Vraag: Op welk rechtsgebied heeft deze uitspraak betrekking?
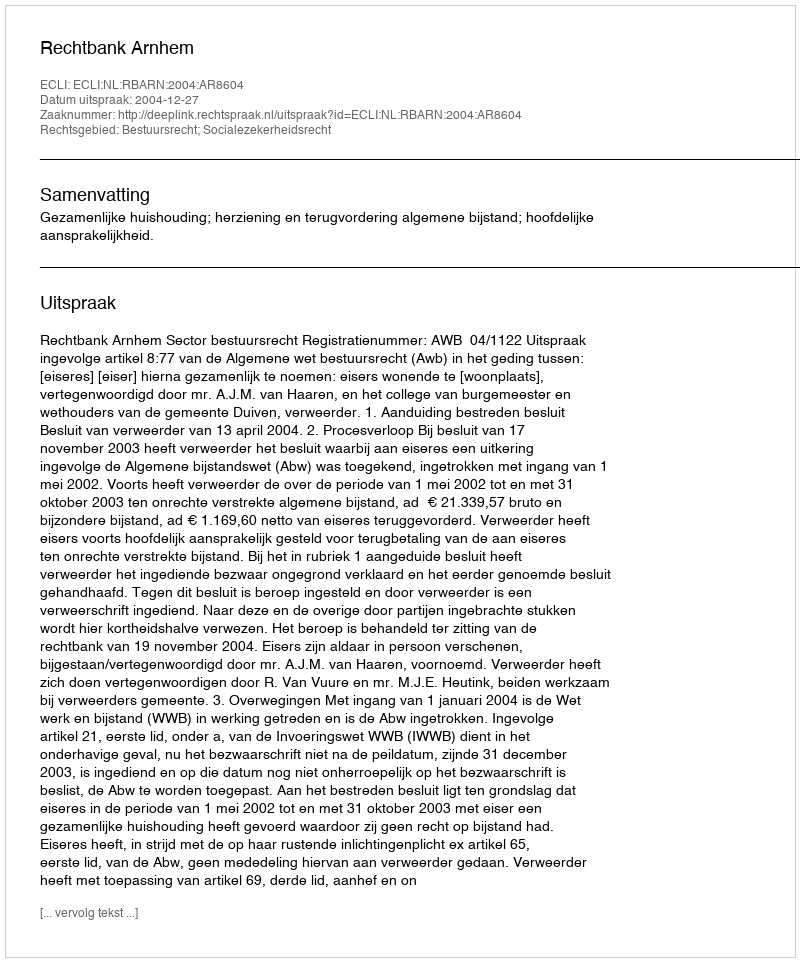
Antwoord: Bestuursrecht; Socialezekerheidsrecht